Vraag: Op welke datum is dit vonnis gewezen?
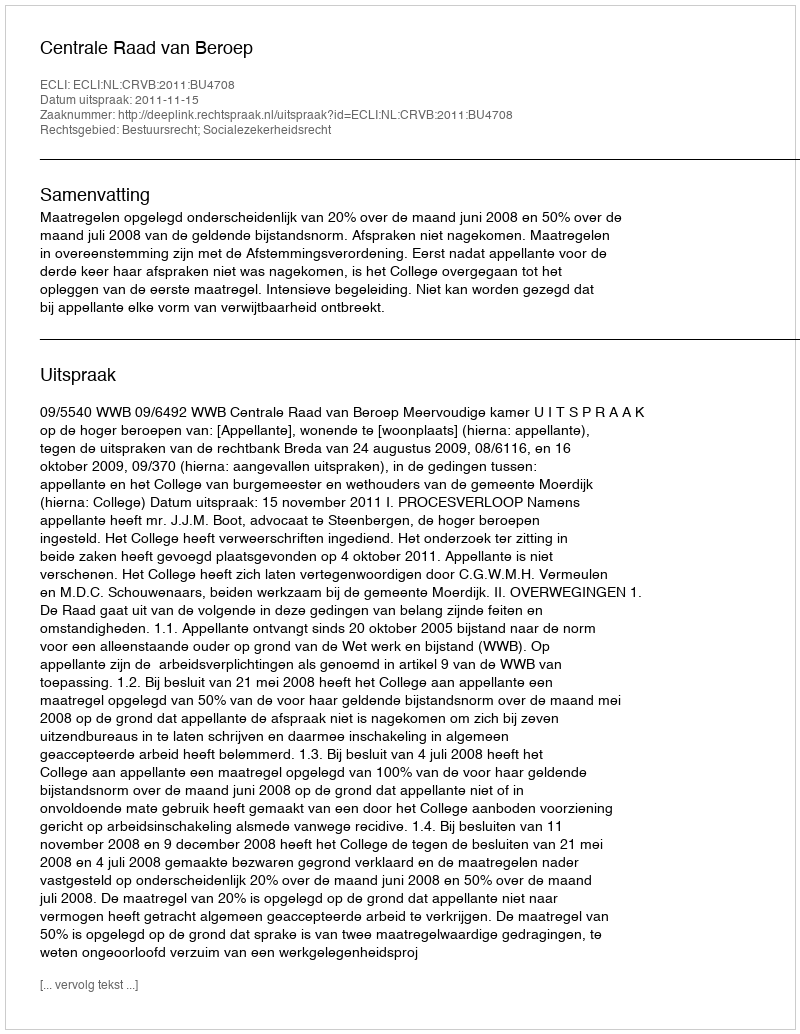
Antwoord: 2011-11-15